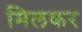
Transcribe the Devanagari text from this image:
मिलकर